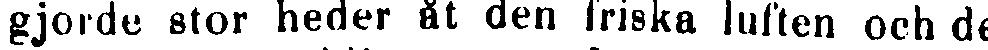
gjorde stor heder åt den friska luften och de